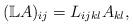
LaTeX: \begin{align*} ({\mathbb{L}}A)_{ij} = L_{ijkl}A_{kl},\end{align*}